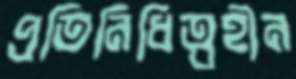
প্রতিনিধিত্বহীন